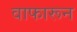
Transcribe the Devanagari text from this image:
वाफारून